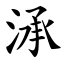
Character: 㴍